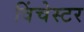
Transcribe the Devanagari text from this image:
विंचेस्‍टर